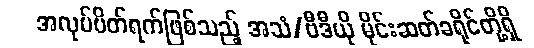
အလုပ်ပိတ်ရက်ဖြစ်သည့် အသံ/ဗီဒီယို မိုင်းဆတ်ခရိုင်တို့ရှိ